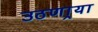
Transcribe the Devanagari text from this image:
उठणार्‍या